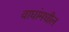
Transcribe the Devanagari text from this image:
वाघांमधील